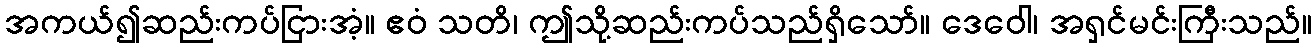
အကယ်၍ဆည်းကပ်ငြားအံ့။ ဧဝံ သတိ၊ ဤသို့ဆည်းကပ်သည်ရှိသော်။ ဒေဝေါ၊ အရှင်မင်းကြီးသည်။